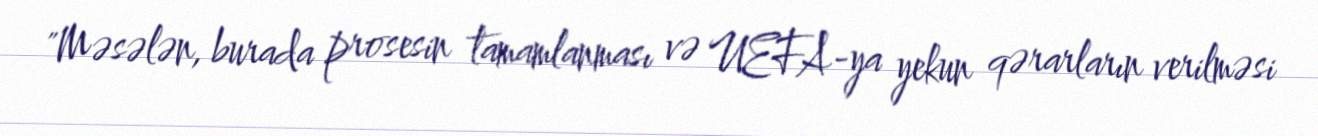
"Məsələn, burada prosesin tamamlanması və UEFA-ya yekun qərarların verilməsi